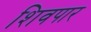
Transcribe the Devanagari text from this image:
शिवपार